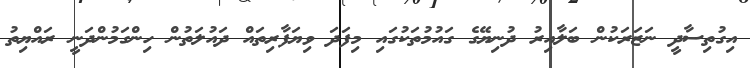
އިގުތިސާދީ ނަޒަރަކުން ބަލާއިރު ދުނިޔޭގެ ގައުމުތަކުގައި މިފަދަ ވިޔަފާރިތައް ދައުލަތުން ހިންގަމުންދަނީ ރައްޔިތު